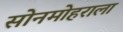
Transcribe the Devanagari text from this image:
सोनमोहराला